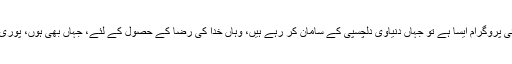
تفریح کے لئے بھی اگر جائیں، اگر کوئی پروگرام ایسا ہے تو جہاں دنیاوی دلچسپی کے سامان کر رہے ہیں، وہاں خدا کی رضا کے حصول کے لئے، جہاں بھی ہوں، پوری فیملی وہاں پر باجماعت نماز ادا کرے۔